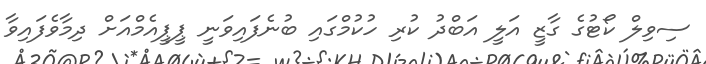
ސިވިލް ކޯޓުގެ ގާޒީ އަލީ އަބްދު ކުރި ހުކުމްގައި ބުނެފައިވަނީ ޕީޕީއެމްއަށް ދިމާވެފައިވާ